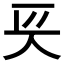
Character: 𠇬